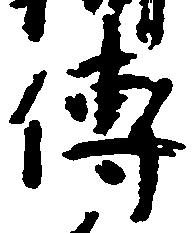
伝